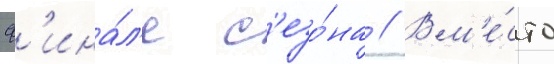
ф'ина́л'е с'езо́на // Вм'е́сто